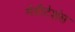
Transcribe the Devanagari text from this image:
मेडीटेशंस